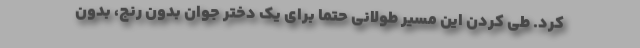
کرد. طی کردن این مسیر طولانی حتماً برای یک دختر جوان بدون رنج، بدون